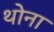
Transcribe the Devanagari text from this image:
थोना